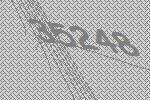
35248